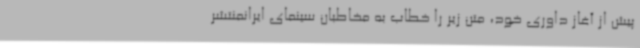
پیش از آغاز داوری خود، متن زیر را خطاب به مخاطبان سینمای ایرانمنتشر